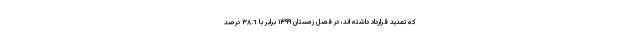
که تمدید قرارداد داشته اند، در فصل زمستان ١٣٩٩ برابر با ٣٨.٦ درصد